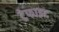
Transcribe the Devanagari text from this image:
ट्रेफाइट